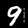
Label: 9